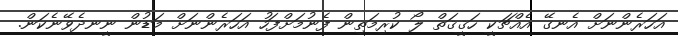
އަހަރެންނަށް އެނގޭ އެއްޗަކީ ހަޤީޤަތް ލޯ ކުރިމަތިން ފެނުމަށްފަހު އަހަރެންނަށް މަޑުން ނީނދެވޭނެކަން.